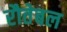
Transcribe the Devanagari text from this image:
रौतेबल